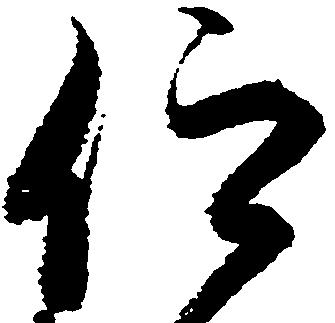
仰